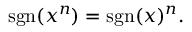
\operatorname { s g n } ( x ^ { n } ) = \operatorname { s g n } ( x ) ^ { n } .